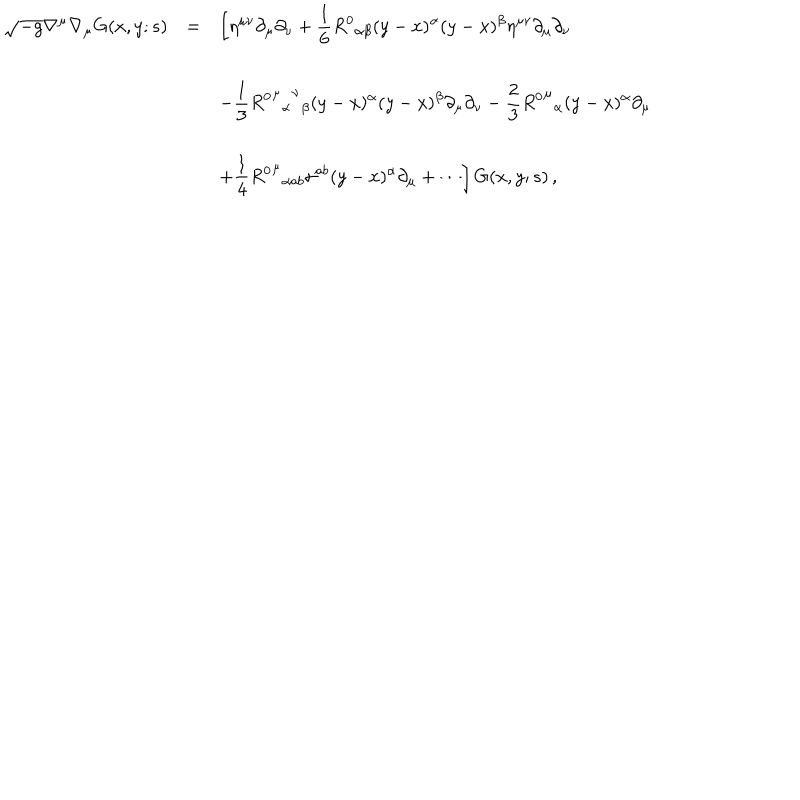
LaTeX: \begin{array} { r c l } { { \displaystyle \sqrt { - g } \nabla ^ { \mu } \nabla _ { \mu } G ( x , y ; s ) } } & { { = } } & { { \displaystyle \left[ \eta ^ { \mu \nu } \partial _ { \mu } \partial _ { \nu } + \frac { 1 } { 6 } { R ^ { 0 } } _ { \alpha \beta } ( y - x ) ^ { \alpha } ( y - x ) ^ { \beta } \eta ^ { \mu \nu } \partial _ { \mu } \partial _ { \nu } \right. } } \\ { { } } & { { } } & { { \displaystyle - \frac { 1 } { 3 } { { { { R ^ { 0 } } ^ { \mu } } _ { \alpha } } ^ { \nu } } _ { \beta } ( y - x ) ^ { \alpha } ( y - x ) ^ { \beta } \partial _ { \mu } \partial _ { \nu } - \frac { 2 } { 3 } { { R ^ { 0 } } ^ { \mu } } _ { \alpha } ( y - x ) ^ { \alpha } \partial _ { \mu } } } \\ { { } } & { { } } & { { \displaystyle \left. + \frac { 1 } { 4 } { { R ^ { 0 } } ^ { \mu } } _ { \alpha a b } \sigma ^ { a b } ( y - x ) ^ { \alpha } \partial _ { \mu } + \cdots \right] G ( x , y ; s ) \, , } } \\ \end{array}